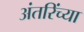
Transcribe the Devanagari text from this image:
अंतरिंच्या